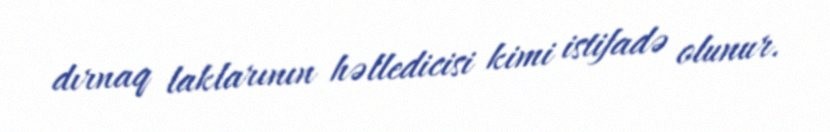
dırnaq laklarının həlledicisi kimi istifadə olunur.